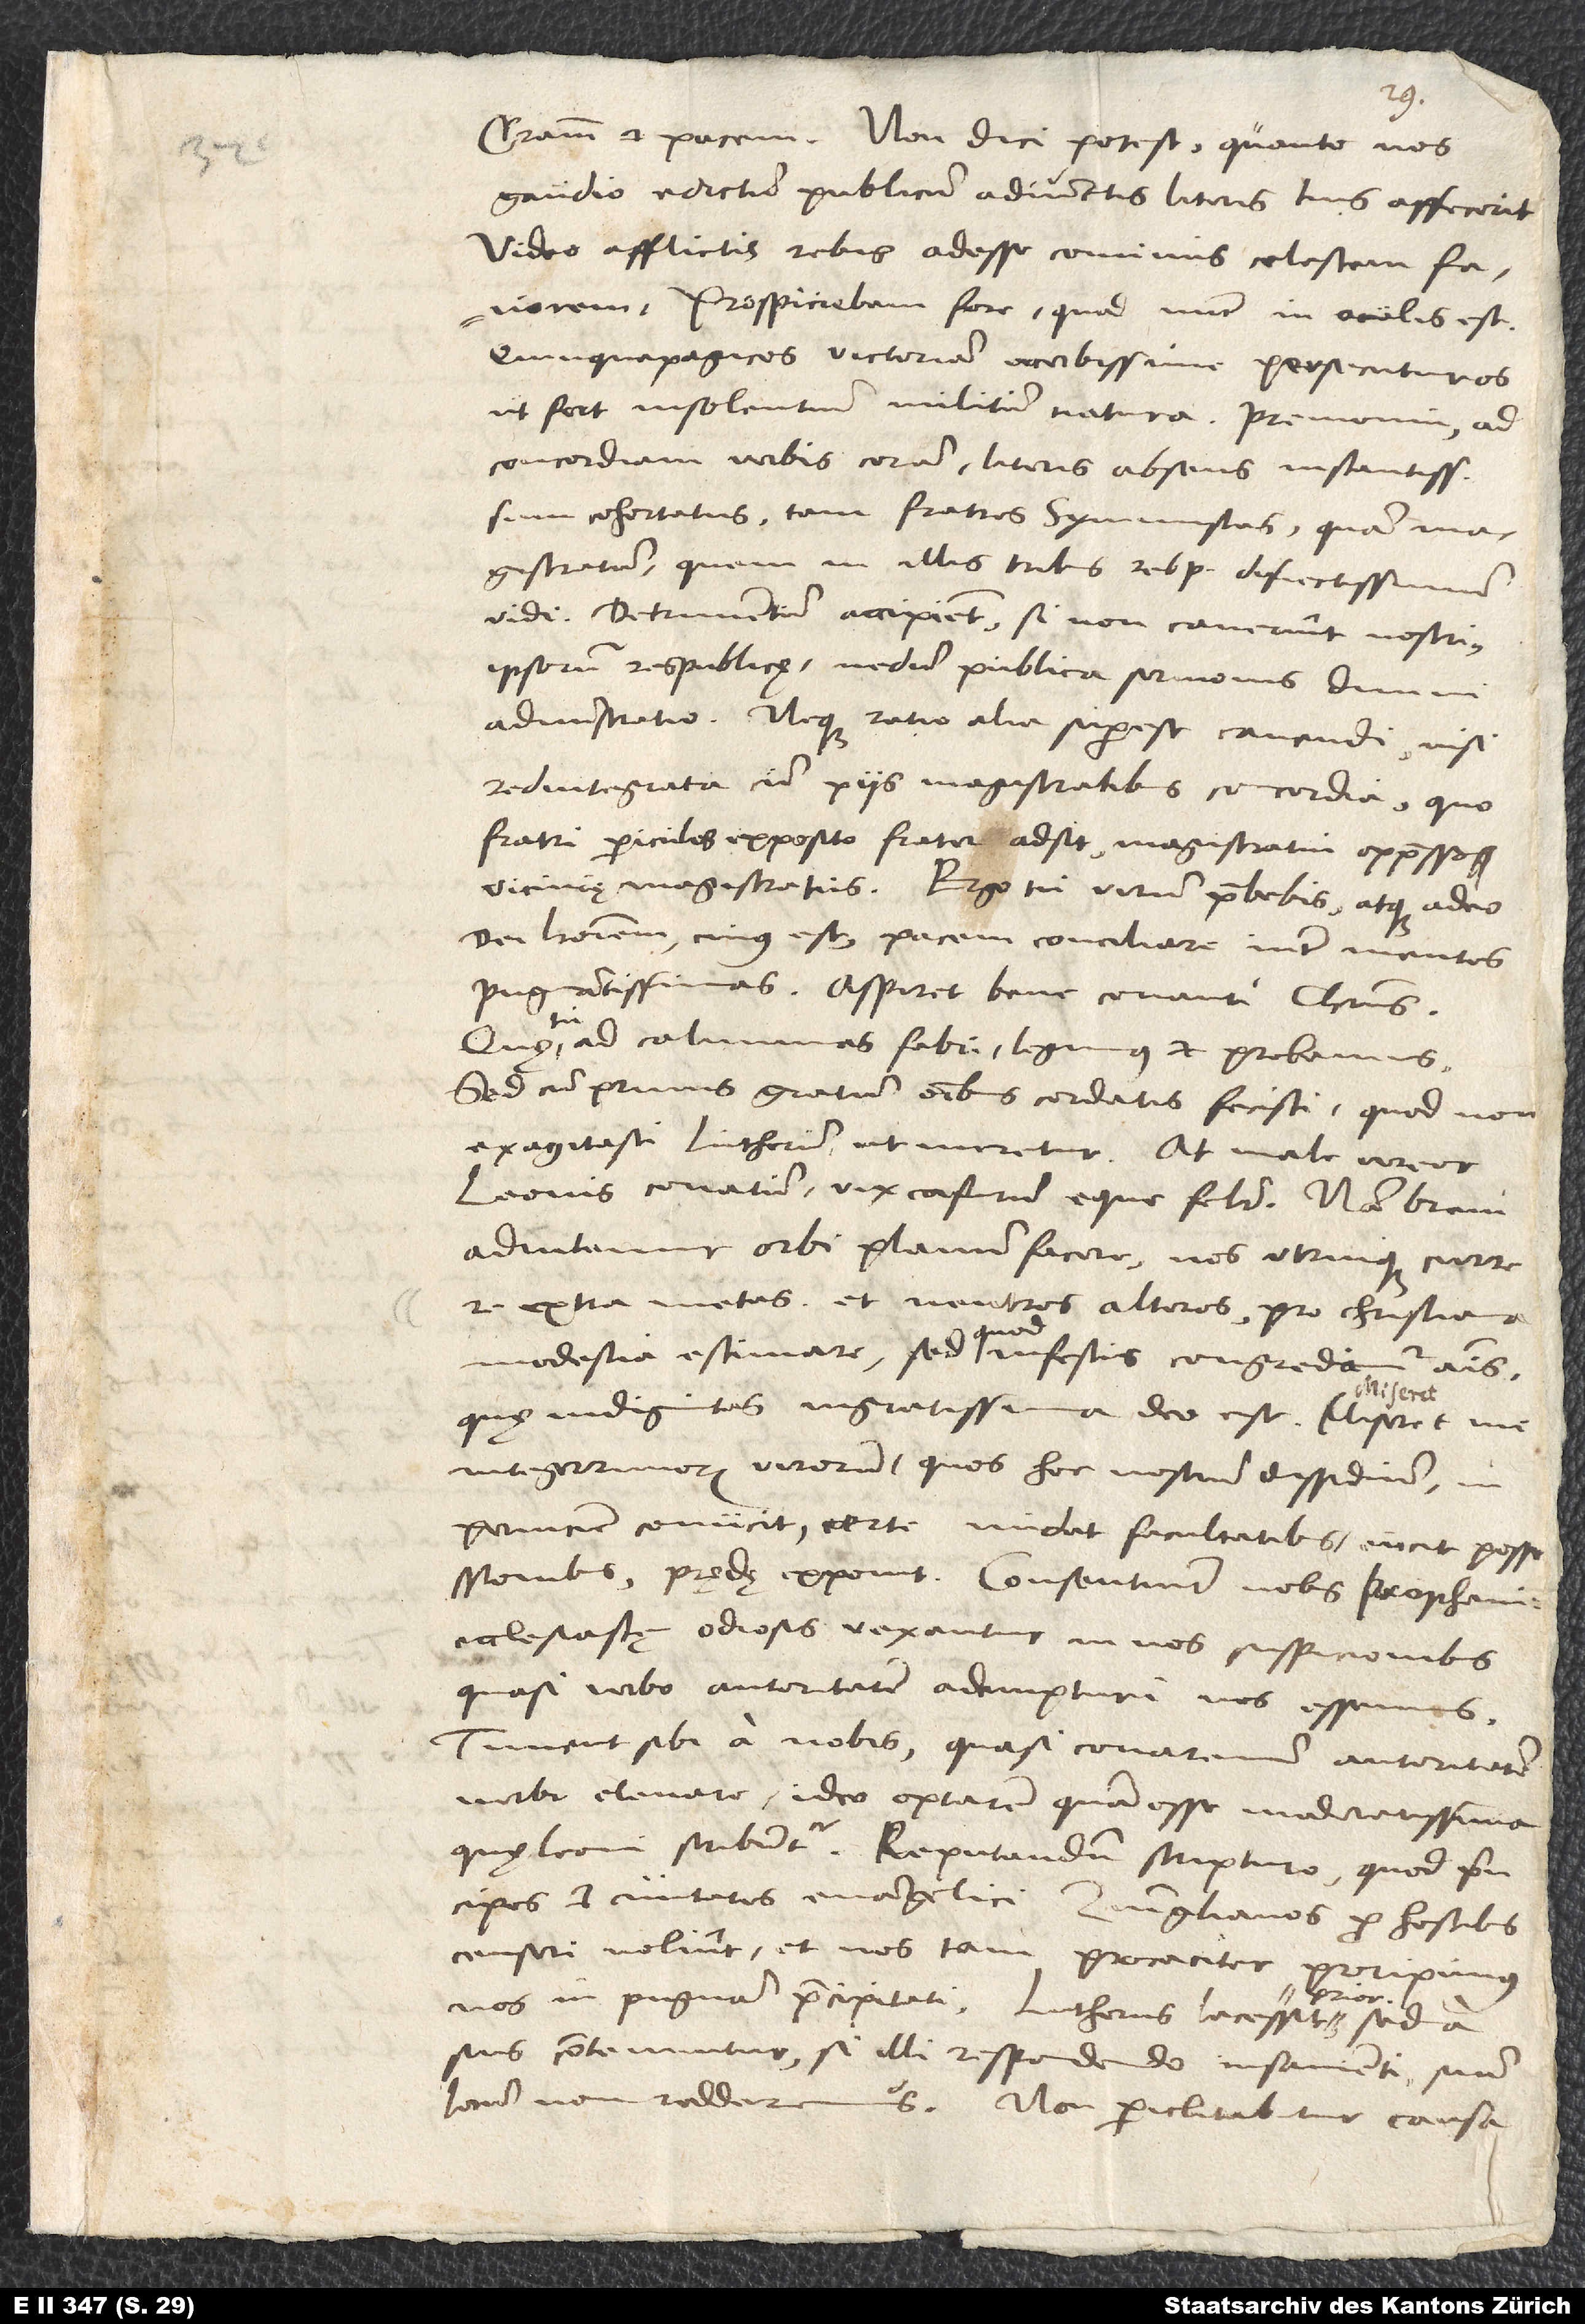
Gratiam et pacem. Non dici potest, quanto nos
gaudio edictum publicum adiunctis literis tuis affecerit.
Video afflictis rebus adesse cominus celestem favorem.
Prospiciebam fore, quod nunc in oculis est,
Quinquepagicos victoriam acerbissime persecuturos,
ut fert insolentium militum natura. Premonui ad
concordiam verbis coram, literis absens. Instantissime
sum cohortatus tam fratres symmistas quam
magistratum, quem in illis tribus rebuspublicis disiectissimum
vidi. Detrimentum accipient, si non caverint nostri,
ipsorum respublicę, nedum publica sermonis divini
administratio. Neque ratio alia superest cavendi nisi
redintegrata cum piis magistratibus concordia, quo
fratri periculis exposito frater adsit, magistratui oppresso
vicinię magistratus. Ergo tu virum praebebis atque adeo
dei hominem, cuius est pacem conciliare inter mentes
pugnantissimas. Aspiret bene conanti Christus.
Quę tu ad calumnias Fabri, legimus et probamus,
sed cum primis gratum omnibus cordatis fecisti, quod non
exagitasti Lutherum, ut meretur. At male vereor
Leonis conatum vix casurum eque feliciter. Nam brevi
adnitemur orbi planum facere nos utrinque currere
extra metas et neutros alteros pro christiana
modestia estimare, sed quod infestis congrediamur animis.
Quae indignitas ingratissima deo est. Miseret me
integerrimorum virorum, quos hoc nostrum dissidium in
perniciem coniicit, certe nudat facultatibus, eiicit possessionibus,
Ecclesiastę odiosis vexantur in nos suspicionibus,
quasi verbo autoritatem adempturi nos essemus.
Timent sibi a nobis, quasi conaremur autoritatem
verbi elevare. Ideo optarem quam esse moderatissima,
quę Leoni scribuntur. Reputandum scripturo, quod principes
et civitates evangelici Zuinglianos pro hostibus
censeri nolint. Et nos tam procaciter proripimus
nos in pugnam praecipitati. Lutherus lacessit prior, sed a
suis contemnitur, si illi respondendo insanienti suum
locum non redderemus. Non periclitabitur causa,